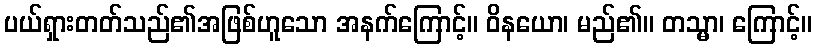
ပယ်ရှားတတ်သည်၏အဖြစ်ဟူသော အနက်ကြောင့်။ ဝိနယော၊ မည်၏။ တသ္မာ၊ ကြောင့်။